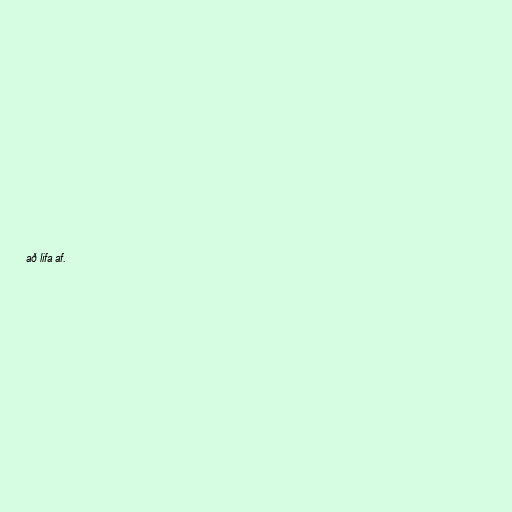
að lifa af.